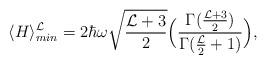
LaTeX: \begin{align*}{\langle H\rangle^{{\cal L}}_{min}}=2\hbar\omega\sqrt{\frac{{\cal L} +3}{2}}\Big(\frac{\Gamma(\frac{{\cal L}+3}{2})}{\Gamma(\frac{\cal L}{2}+1)}\Big),\end{align*}